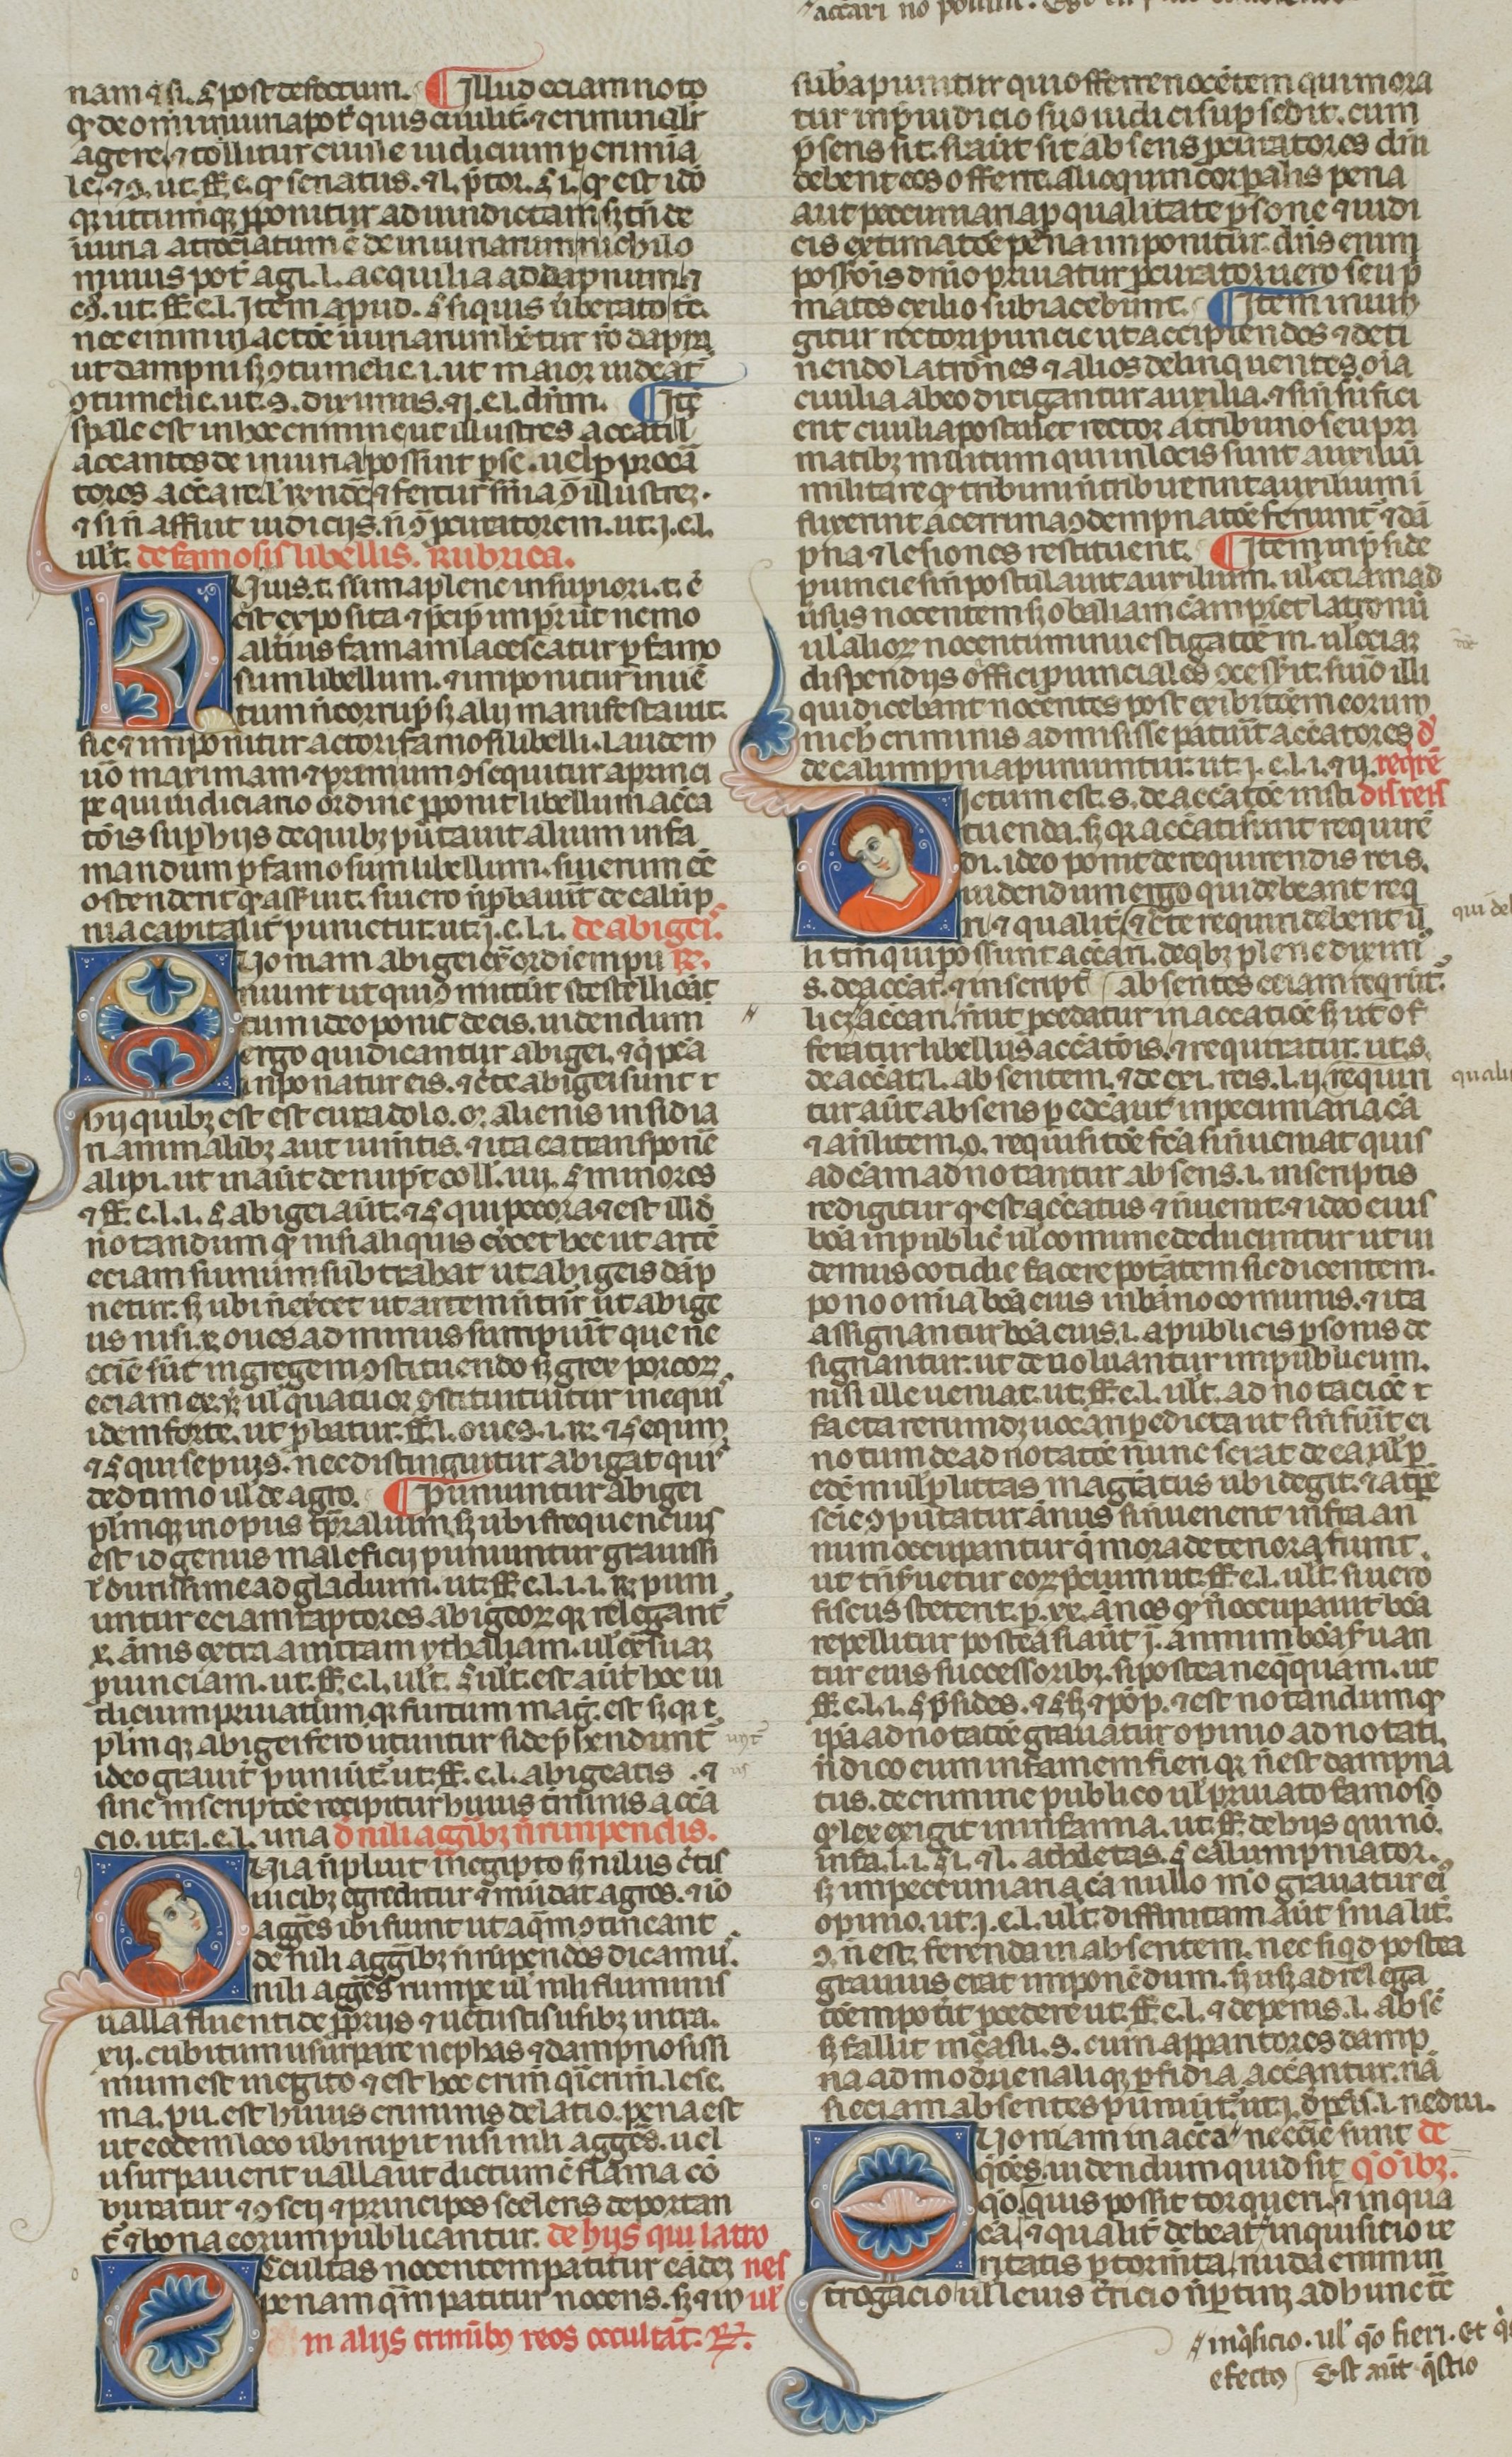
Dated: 1300–1399